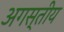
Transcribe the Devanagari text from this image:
अगस्तीय